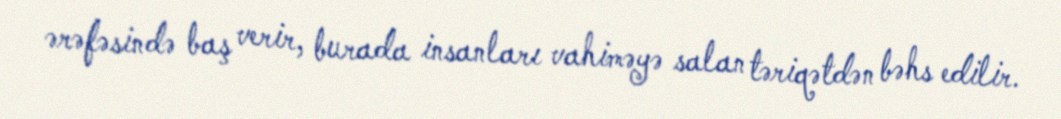
ərəfəsində baş verir, burada insanları vahiməyə salan təriqətdən bəhs edilir.